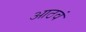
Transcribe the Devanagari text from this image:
आठवं